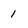
Character: 1